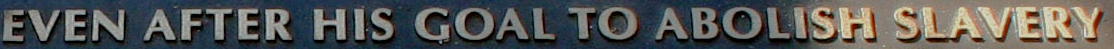
EVEN AFTER HIS GOAL TO ABOLISH SLAVERY